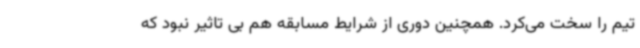
تیم را سخت می‌کرد. همچنین دوری از شرایط مسابقه هم بی تاثیر نبود که